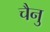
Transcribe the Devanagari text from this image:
चैनु